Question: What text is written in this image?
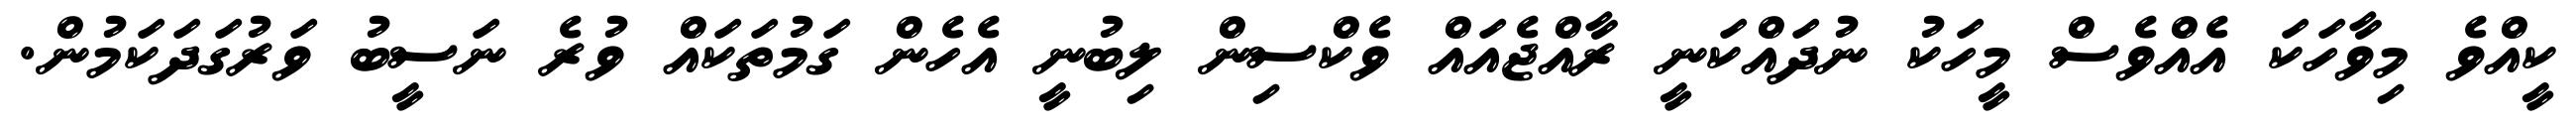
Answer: ކީއްވެ މިވާހަކަ އެއްވެސް މީހަކު ނުދައްކަނީ ރާއްޖެއައް ވެކްސިން ލިބުނީ އެހެން ގަމުތަކައް ވުރެ ނަސީބު ވަރުގަދަކަމުން.